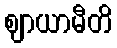
ဈာယာမီတိ